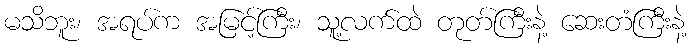
မသိဘူး၊ အရပ်က အမြင့်ကြီး၊ သူ့လက်ထဲ တုတ်ကြီးနဲ့ ဆေးတံကြီးနဲ့